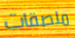
ملصقات